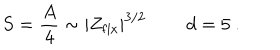
S = { \frac { A } { 4 } } \sim | Z _ { \mathrm { f i x } } | ^ { 3 / 2 } \, \qquad d = 5 \ .